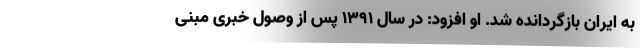
به ایران بازگردانده شد. او افزود: در سال ۱۳۹۱ پس از وصول خبری مبنی